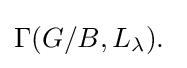
\Gamma (G/B,L_{\lambda }).\